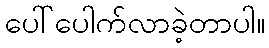
ပေါ်ပေါက်လာခဲ့တာပါ။